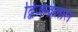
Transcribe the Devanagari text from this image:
द्बिजेन्द्रलाल